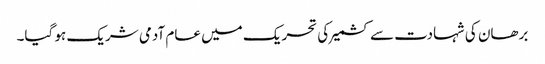
برھان کی شہادت سے کشمیر کی تحریک میں عام آدمی شریک ہو گیا۔